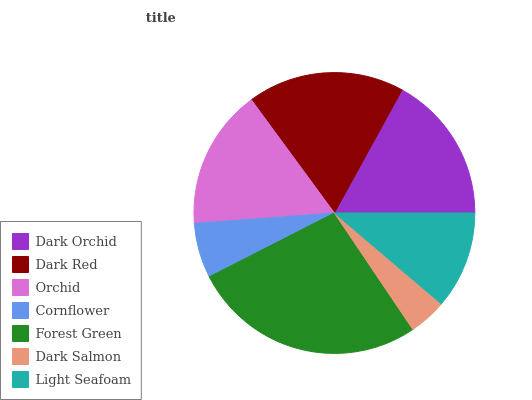
| Dark Orchid | Dark Red | Orchid | Cornflower | Forest Green | Dark Salmon | Light Seafoam |
 | --- | --- | --- | --- | --- | --- | --- |
 | 17% | 18.1% | 16.1% | 6.33% | 26.9% | 4.34% | 11.2% |